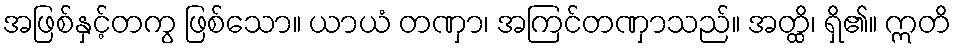
အဖြစ်နှင့်တကွ ဖြစ်သော။ ယာယံ တဏှာ၊ အကြင်တဏှာသည်။ အတ္ထိ၊ ရှိ၏။ ဣတိ